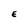
Character: E